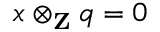
x \otimes _ { \mathbf { Z } } q = 0